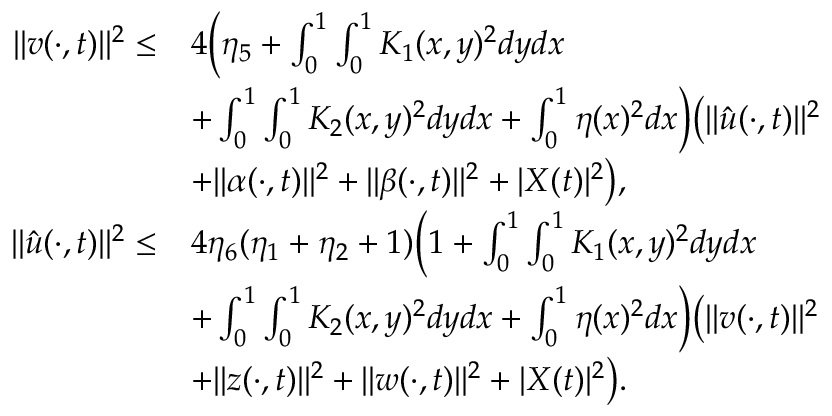
\begin{array} { r l } { | | v ( \cdot , t ) | | ^ { 2 } \le } & { 4 \bigg ( \eta _ { 5 } + \int _ { 0 } ^ { 1 } \int _ { 0 } ^ { 1 } K _ { 1 } ( x , y ) ^ { 2 } d y d x } \\ & { + \int _ { 0 } ^ { 1 } \int _ { 0 } ^ { 1 } K _ { 2 } ( x , y ) ^ { 2 } d y d x + \int _ { 0 } ^ { 1 } \eta ( x ) ^ { 2 } d x \bigg ) \big ( \| \hat { u } ( \cdot , t ) \| ^ { 2 } } \\ & { + | | \alpha ( \cdot , t ) | | ^ { 2 } + | | \beta ( \cdot , t ) | | ^ { 2 } + | { X } ( t ) | ^ { 2 } \big ) , } \\ { | | \hat { u } ( \cdot , t ) | | ^ { 2 } \le } & { 4 \eta _ { 6 } ( \eta _ { 1 } + \eta _ { 2 } + 1 ) \bigg ( 1 + \int _ { 0 } ^ { 1 } \int _ { 0 } ^ { 1 } K _ { 1 } ( x , y ) ^ { 2 } d y d x } \\ & { + \int _ { 0 } ^ { 1 } \int _ { 0 } ^ { 1 } K _ { 2 } ( x , y ) ^ { 2 } d y d x + \int _ { 0 } ^ { 1 } \eta ( x ) ^ { 2 } d x \bigg ) \big ( | | v ( \cdot , t ) | | ^ { 2 } } \\ & { + \| z ( \cdot , t ) \| ^ { 2 } + \| w ( \cdot , t ) \| ^ { 2 } + | X ( t ) | ^ { 2 } \big ) . } \end{array}